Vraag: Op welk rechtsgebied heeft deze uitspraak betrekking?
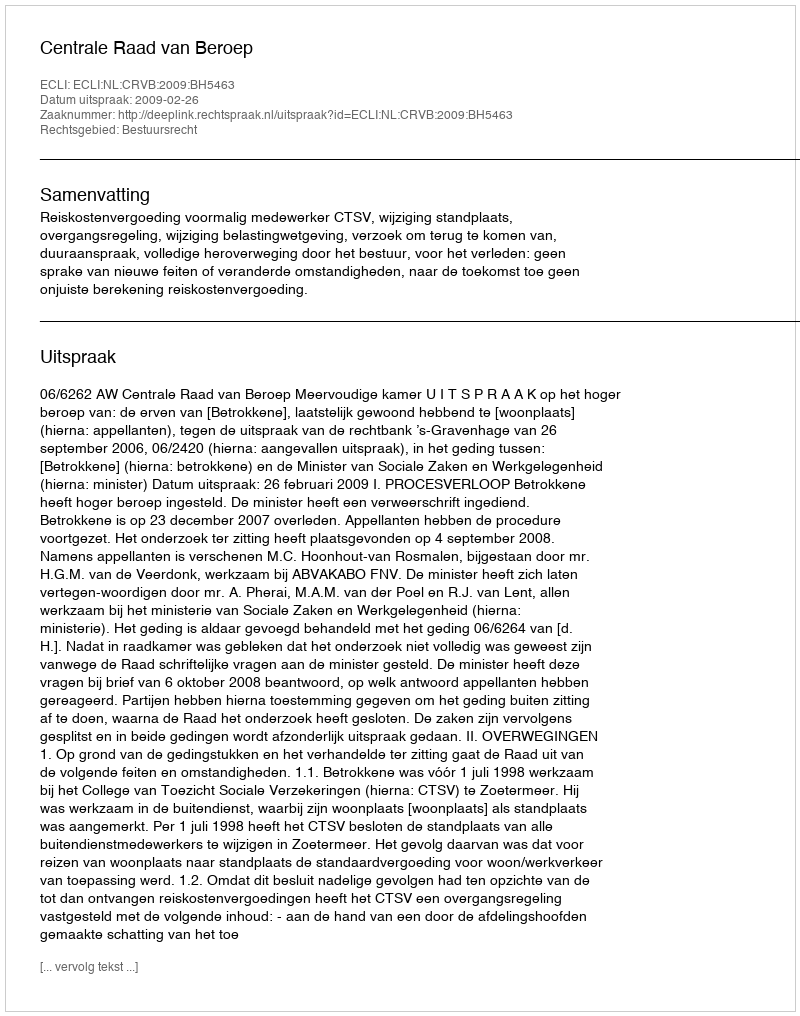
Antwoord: Bestuursrecht